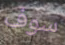
سوف